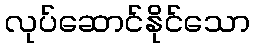
လုပ်ဆောင်နိုင်သော